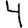
Digit: 4